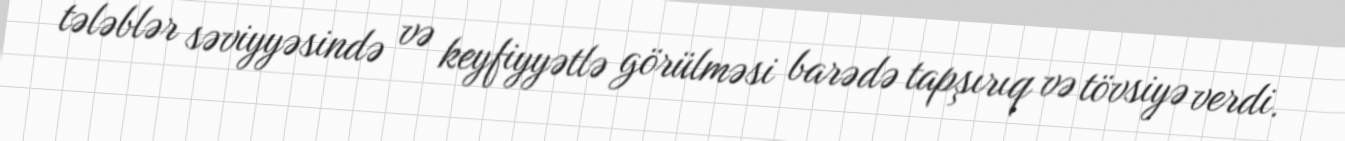
tələblər səviyyəsində və keyfiyyətlə görülməsi barədə tapşırıq və tövsiyə verdi.